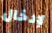
لإدخال